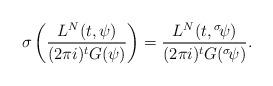
LaTeX: \begin{align*} \sigma \left(\frac{L^N(t, \psi)}{(2\pi i)^t G(\psi)} \right) = \frac{L^N(t, {}^\sigma\!\psi)}{(2\pi i)^t G({}^\sigma\!\psi)}.\end{align*}